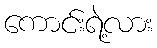
ကောင်းရဲ့လား